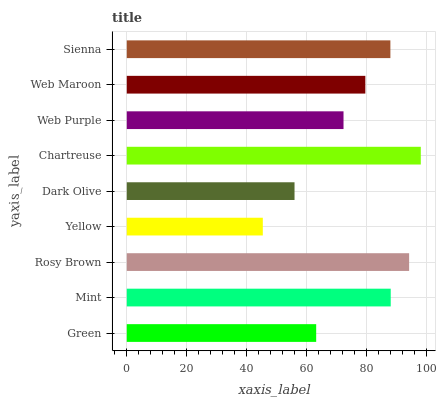
| yaxis_label | bars |
 | --- | --- |
 | Green | 63.2 |
 | Mint | 88.1 |
 | Rosy Brown | 94.2 |
 | Yellow | 45.4 |
 | Dark Olive | 56 |
 | Chartreuse | 98.1 |
 | Web Purple | 72.3 |
 | Web Maroon | 79.6 |
 | Sienna | 87.9 |